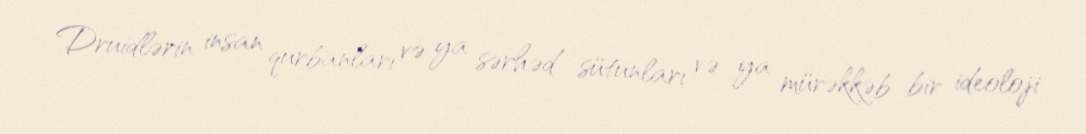
Druidlərin insan qurbanları və ya sərhəd sütunları və ya mürəkkəb bir ideoloji